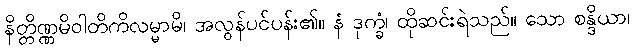
နိတ္တိဏ္ဏမိဝါတိကိလမ္မာမိ၊ အလွန်ပင်ပန်း၏။ နံ ဒုက္ခံ၊ ထိုဆင်းရဲသည်။ သော စန္ဒိယာ၊